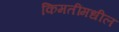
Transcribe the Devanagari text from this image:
किमतींमधील